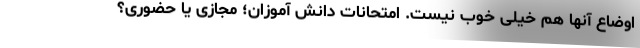
اوضاع آنها هم خیلی خوب نیست. امتحانات دانش آموزان؛ مجازی یا حضوری؟